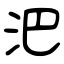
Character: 𣲩